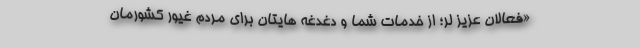
«فعالان عزیز لر؛ از خدمات شما و دغدغه هایتان برای مردم غیور کشورمان